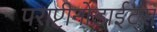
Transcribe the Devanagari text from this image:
पराप्टीनोडाईट्स